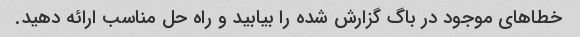
خطاهای موجود در باگ گزارش شده را بیابید و راه حل مناسب ارائه دهید.